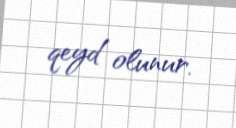
qeyd olunur.